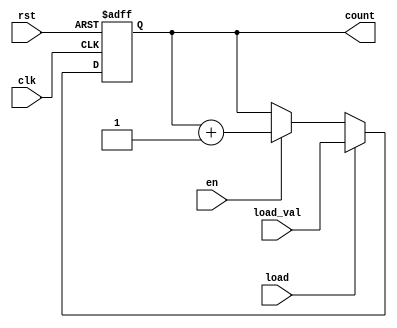
module sync_load_counter #(
    parameter N = 8  // Define the width of the counter (e.g., 8 bits)
)(
    input wire clk,              // Clock signal
    input wire rst,              // Reset signal (active high)
    input wire load,             // Load signal (active high)
    input wire [N-1:0] load_val, // Value to load into the counter
    input wire en,               // Enable signal (active high)
    output reg [N-1:0] count     // Current counter value
);

// Counter logic
always @(posedge clk or posedge rst) begin
    if (rst) begin
        // Reset the counter to zero
        count <= 0;
    end else if (load) begin
        // Load the external value into the counter
        count <= load_val;
    end else if (en) begin
        // Increment the counter
        count <= count + 1;
    end
end

endmodule